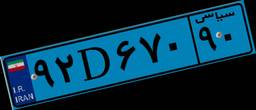
۹۲D۶۷۰۹۰